Annual administration and progress report of the Indian Medical Department, Bombay
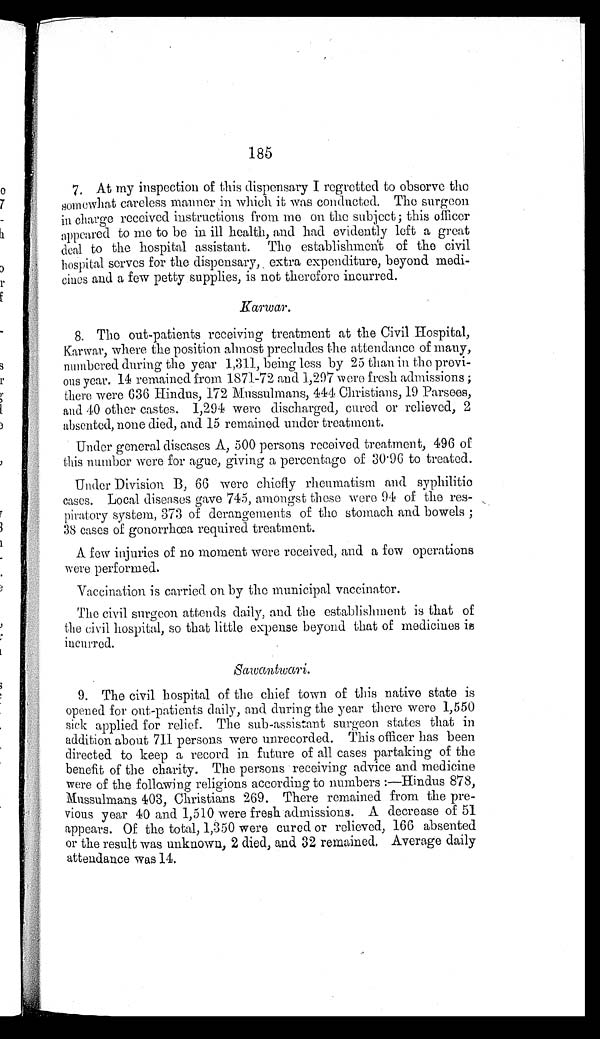
185
7. At my inspection of this dispensary I regretted to observe the
somewhat careless manner in which it was conducted. The surgeon
in charge received instructions from me on the subject; this officer
appeared to me to be in ill health, and had evidently left a great
deal to the hospital assistant. The establishment of the civil
hospital serves for the dispensary, extra expenditure, beyond medi
-cines and a few petty supplies, is not therefore incurred.
Karwar.
8. The out-patients receiving treatment at the Civil Hospital,
Karwar, where the position almost precludes the attendance of many,
numbered during the year 1,311, being less by 25 than in the previ
- o u s y e a r . 1 4 r e m a i n e d f r o m 1 8 7 1 - 7 2 a n d 1 , 2 9 7 w e r e f r e s h a d m i s s i o n s ;
there were (636 Hindus, 172 Mussulmans, 444 Christians, 19 Parsees,
and 40 other castes. 1,294 were discharged, cured or relieved, 2
absented, none died, and 15 remained under treatment.
Under general diseases A, 500 persons received treatment, 496 of
this number were for ague, giving a percentage of 30.96 to treated.
Under Division B, 66 were chiefly rheumatism and syphilitic
cases. Local diseases gave 745, amongst these were 94 of the res
-piratory system, 373 of derangements of the stomach and bowels;
38 cases of gonorrhœa required treatment.
A few injuries of no moment were received, and a few operations
were performed.
Vaccination is carried on by the municipal vaccinator.
The civil surgeon attends daily, and the establishment is that of
the civil hospital, so that little expense, beyond that of medicines is
incurred.
Sawantwari .
9. The civil hospital of the chief town of this native state is
opened for out-patients daily, and during the year there were 1,550
sick applied for relief. The sub-assistant surgeon states that in
addition about 711 persons were unrecorded. This officer has been
directed to keep a record in future of all cases partaking of the
benefit of the charity. The persons receiving advice and medicine
were of the following religions according to numbers:—Hindus 878,
Mussulmans 403, Christians 269. There remained from the pre
- v i o u s y e a r 4 0 a n d 1 , 5 1 0 w e r e f r e s h a d m i s s i o n s . A d e c r e a s e o f 5 1
appears. Of the total, 1,350 were cured or relieved, 166 absented
or the result was unknown, 2 died, and 32 remained, Average daily
attendance was 14.